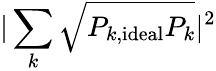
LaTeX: |\sum_{k}\sqrt{P_{k,\textrm{ideal}}P_{k}}|^{2}